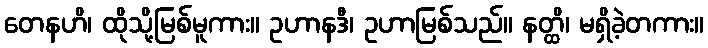
တေနဟိ၊ ထိုသို့မြစ်မူကား။ ဥဟာနဒီ၊ ဥဟာမြစ်သည်။ နတ္ထိ၊ မရှိခဲ့တကား။